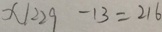
x \vert 2 2 9 - 1 3 = 2 1 6